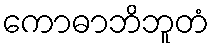
ကောဓာဘိဘူတံ